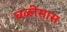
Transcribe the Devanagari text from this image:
घळीसास